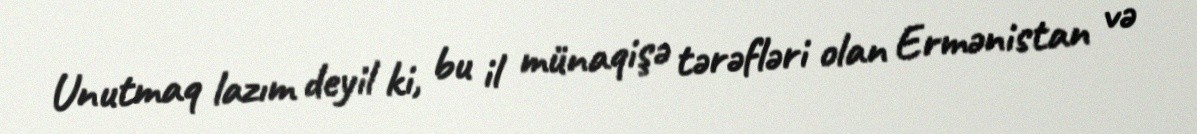
Unutmaq lazım deyil ki, bu il münaqişə tərəfləri olan Ermənistan və